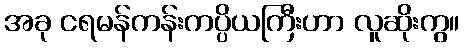
အခု ငရမန်ကန်းကပ္ပိယကြီးဟာ လူဆိုးကွ။